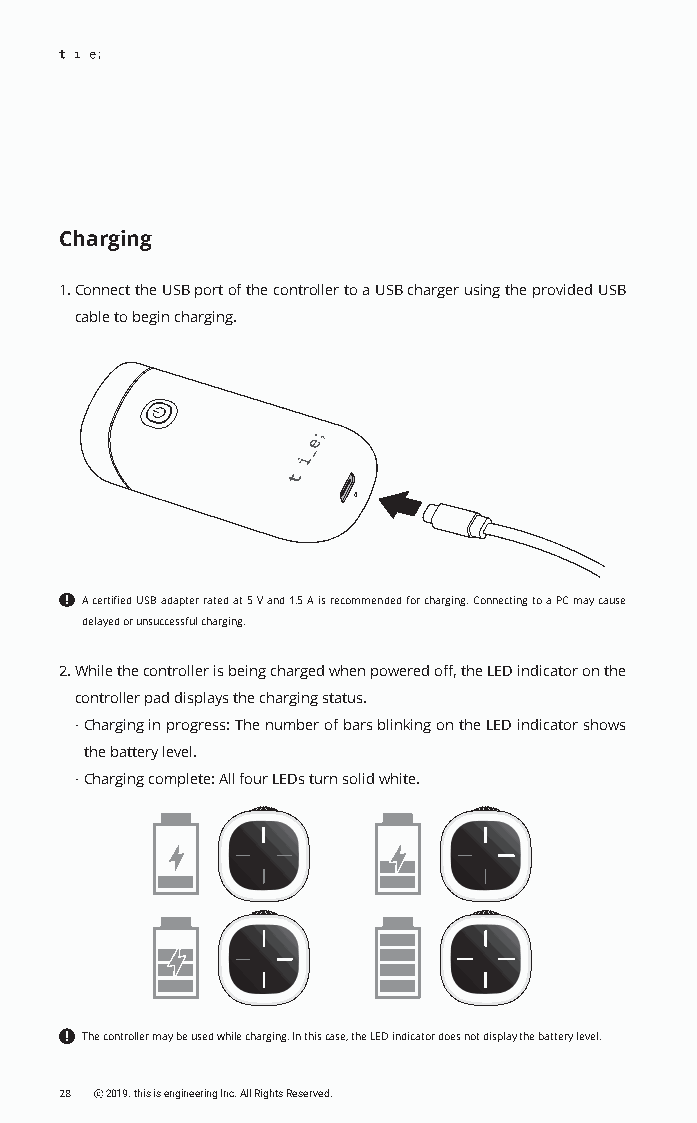
Charging
 1. Connect the USB port of the controller to a USB charger using the provided USB
 cable to begin charging.
 A certified USB adapter rated at 5 V and 1.5 A is recommended for charging. Connecting to a PC may cause
 delayed or unsuccessful charging.
 2. While the controller is being charged when powered off, the LED indicator on the
 controller pad displays the charging status.
 · Charging in progress: The number of bars blinking on the LED indicator shows
 the battery level.
 · Charging complete: All four LEDs turn solid white.
 The controller may be used while charging. In this case, the LED indicator does not display the battery level.
 28 ⓒ 2019. this is engineering Inc. All Rights Reserved.